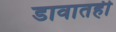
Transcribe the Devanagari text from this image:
डावातही